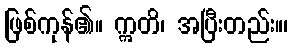
ဖြစ်ကုန်၏။ ဣတိ၊ အပြီးတည်း။၊